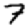
Digit: 7